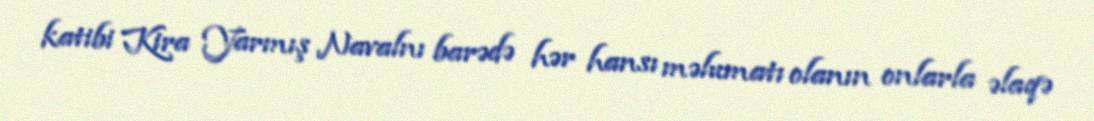
katibi Kira Yarmış Navalnı barədə hər hansı məlumatı olanın onlarla əlaqə